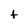
Character: t